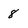
Character: 8